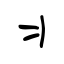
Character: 丬